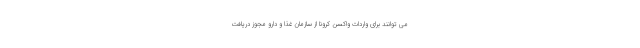
می توانند برای واردات واکسن کرونا از سازمان غذا و دارو مجوز دریافت